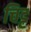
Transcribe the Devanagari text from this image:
चिट्ट